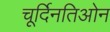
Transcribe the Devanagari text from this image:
चूर्दिनतिओन